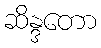
ဆိန္ဒတော